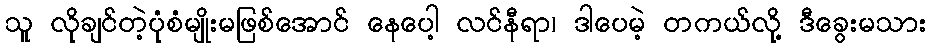
သူ လိုချင်တဲ့ပုံစံမျိုးမဖြစ်အောင် နေပေါ့ လင်နီရာ၊ ဒါပေမဲ့ တကယ်လို့ ဒီခွေးမသား